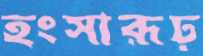
হংসারূঢ়